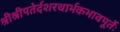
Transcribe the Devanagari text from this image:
श्रीश्रीपतेर्दशरथार्भकभावपूर्तेः